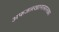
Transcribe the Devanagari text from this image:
अफजलखानासारख्या